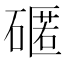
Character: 𮀻